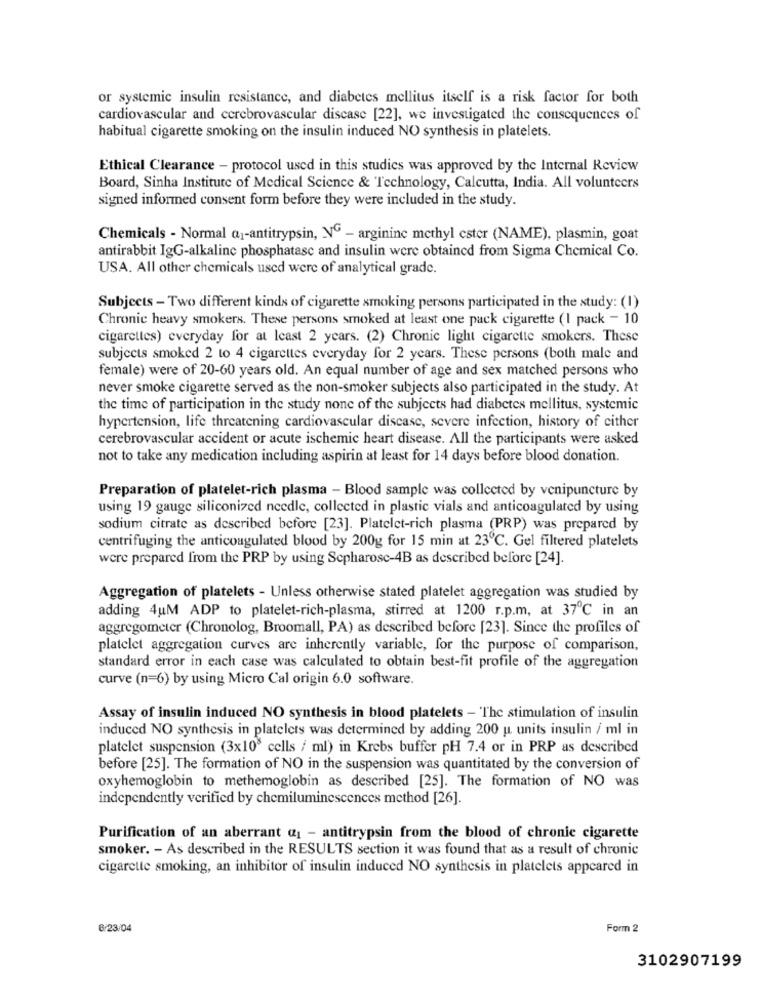
or systemic insulin resistance, and diabetes mellitus itself is a risk factor for both
cardiovascular and cerebrovascular discase [22], we investigated the consequences of
habitual cigarette smoking on the insulin induced NO synthesis in platelets.
Ethical Clearance - protocol used in this studies was approved by the Internal Review
Board, Sinha Institute of Medical Science & Technology, Calcutta, India. All volunteers
signed informed consent form before they were included in the study.
Chemicals - Normal a1-antitrypsin, NG - arginine methyl ester (NAME), plasmin, goat
antirabbit IgG-alkaline phosphatasc and insulin were obtained from Sigma Chemical Co.
USA. All other chemicals used were of analytical grade.
Subjects - Two different kinds of cigarette smoking persons participated in the study: (1)
Chronic heavy smokers. These persons smoked at least one pack cigarette (I pack - 10
cigarettes) everyday for at least 2 years. (2) Chronic light cigarette smokers. These
subjects smoked 2 to 4 cigarettes everyday for 2 years. These persons (both male and
female) were of 20-60 years old. An equal number of age and sex matched persons who
never smoke cigarette served as the non-smoker subjects also participated in the study. At
the time of participation in the study none of the subjects had diabetes mellitus, systemic
hypertension, life threatening cardiovascular disease, severe infection, history of either
cerebrovascular accident or acute ischemic heart disease. All the participants were asked
not to take any medication including aspirin at least for 14 days before blood donation.
Preparation of platelet-rich plasma - Blood sample was collected by venipuncture by
using 19 gauge siliconized needle, collected in plastic vials and anticoagulated by using
sodium citrate as described before [23]. Platelet-rich plasma (PRP) was prepared by
centrifuging the anticoagulated blood by 200g for 15 min at 23℃. Gel filtered platelets
were prepared from the PRP by using Sepharosc-4B as described before [24].
Aggregation of platelets - Unless otherwise stated platelet aggregation was studied by
adding 4uM ADP to platelet-rich-plasma, stirred at 1200 r.p.m, at 37℃ in an
aggregometer (Chronolog, Broomall, PA) as described before [23]. Since the profiles of
platelet aggregation curves are inherently variable, for the purpose of comparison,
standard error in each case was calculated to obtain best-fit profile of the aggregation
curve (n=6) by using Micro Cal origin 6.0 software.
Assay of insulin induced NO synthesis in blood platelets - The stimulation of insulin
induced NO synthesis in platelets was determined by adding 200 u units insulin / ml in
platelet suspension (3x10" cells / ml) in Krebs buffer pH 7.4 or in PRP as described
before [25]. The formation of NO in the suspension was quantitated by the conversion of
oxyhemoglobin to methemoglobin as described [25]. The formation of NO was
independently verified by chemiluminescences method [26].
Purification of an aberrant q1 - antitrypsin from the blood of chronic cigarette
smoker. - As described in the RESULTS section it was found that as a result of chronic
cigarette smoking, an inhibitor of insulin induced NO synthesis in platelets appeared in
6/23/04
Form 2
3102907199